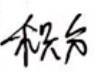
积分